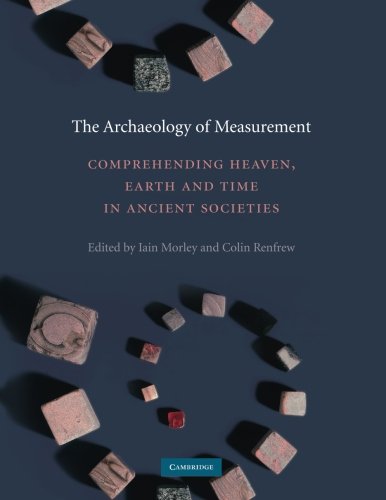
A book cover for The Archaeology of Measurement: Comprehending Heaven, Earth and Time in Ancient Societies; Science & Math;